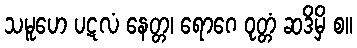
သမူဟေ ပဋလံ နေတ္တ၊ ရောဂေ ဝုတ္တံ ဆဒိမှိ စ။